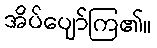
အိပ်ပျော်ကြ၏။